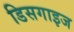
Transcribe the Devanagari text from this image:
डिसगाइज